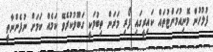
ފުލުހުން މޮނިއުމަންޓުތައް ކައިރީގައި ފޯރި މަރަން ތިބުމަކީ ގަބޫލުކުރެވޭ ކަމެއް ކަމަށް ނުފެންނާތީ